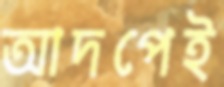
আদপেই